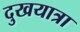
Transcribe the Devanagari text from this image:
दुखयात्रा